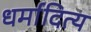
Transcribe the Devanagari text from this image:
धर्मादित्य